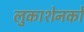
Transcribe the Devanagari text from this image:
लुकाशेनको